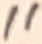
Text: 11